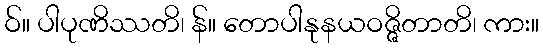
ဝ်။ ပါပုဏိဿတိ၊ န်။ တောပါနုနယဝဇ္ဇိတာတိ၊ ကား။